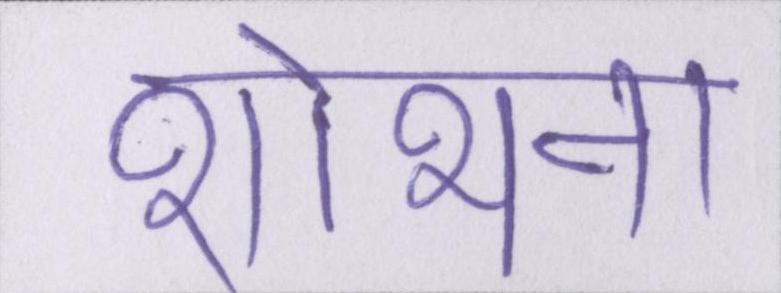
शोभना